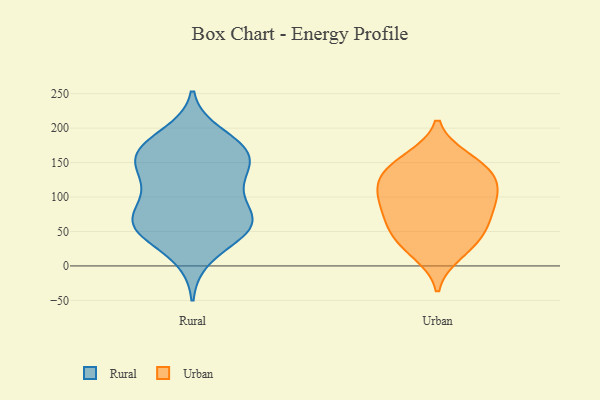
{"axis": {"x": "Population (Million)", "y": "Value"}, "legend": ["Rural", "Urban"], "data": [{"x": "", "y": 169, "type": "Rural"}, {"x": "", "y": 170, "type": "Rural"}, {"x": "", "y": 59, "type": "Rural"}, {"x": "", "y": 126, "type": "Rural"}, {"x": "", "y": 167, "type": "Rural"}, {"x": "", "y": 65, "type": "Rural"}, {"x": "", "y": 96, "type": "Rural"}, {"x": "", "y": 58, "type": "Rural"}, {"x": "", "y": 167, "type": "Rural"}, {"x": "", "y": 47, "type": "Rural"}, {"x": "", "y": 61, "type": "Rural"}, {"x": "", "y": 103, "type": "Rural"}, {"x": "", "y": 56, "type": "Rural"}, {"x": "", "y": 151, "type": "Rural"}, {"x": "", "y": 13, "type": "Rural"}, {"x": "", "y": 149, "type": "Rural"}, {"x": "", "y": 68, "type": "Rural"}, {"x": "", "y": 190, "type": "Rural"}, {"x": "", "y": 130, "type": "Rural"}, {"x": "", "y": 126, "type": "Urban"}, {"x": "", "y": 131, "type": "Urban"}, {"x": "", "y": 84, "type": "Urban"}, {"x": "", "y": 140, "type": "Urban"}, {"x": "", "y": 96, "type": "Urban"}, {"x": "", "y": 17, "type": "Urban"}, {"x": "", "y": 103, "type": "Urban"}, {"x": "", "y": 157, "type": "Urban"}, {"x": "", "y": 24, "type": "Urban"}, {"x": "", "y": 157, "type": "Urban"}, {"x": "", "y": 44, "type": "Urban"}, {"x": "", "y": 129, "type": "Urban"}, {"x": "", "y": 108, "type": "Urban"}, {"x": "", "y": 66, "type": "Urban"}, {"x": "", "y": 49, "type": "Urban"}, {"x": "", "y": 85, "type": "Urban"}, {"x": "", "y": 54, "type": "Urban"}]}